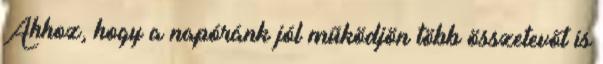
Ahhoz, hogy a napóránk jól működjön több összetevőt is